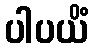
ပါပယိံ